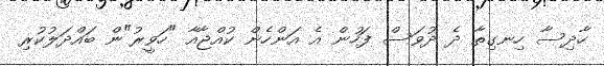
ހާދިސާ ހިނގިތާ ދެ ދުވަސް ފަހުން އެ އަންހެން ކުއްޖާއާ "ހަވީރު"ން ބައްދަލުކުރި